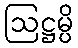
ဩဋ္ဌမ္ပိ